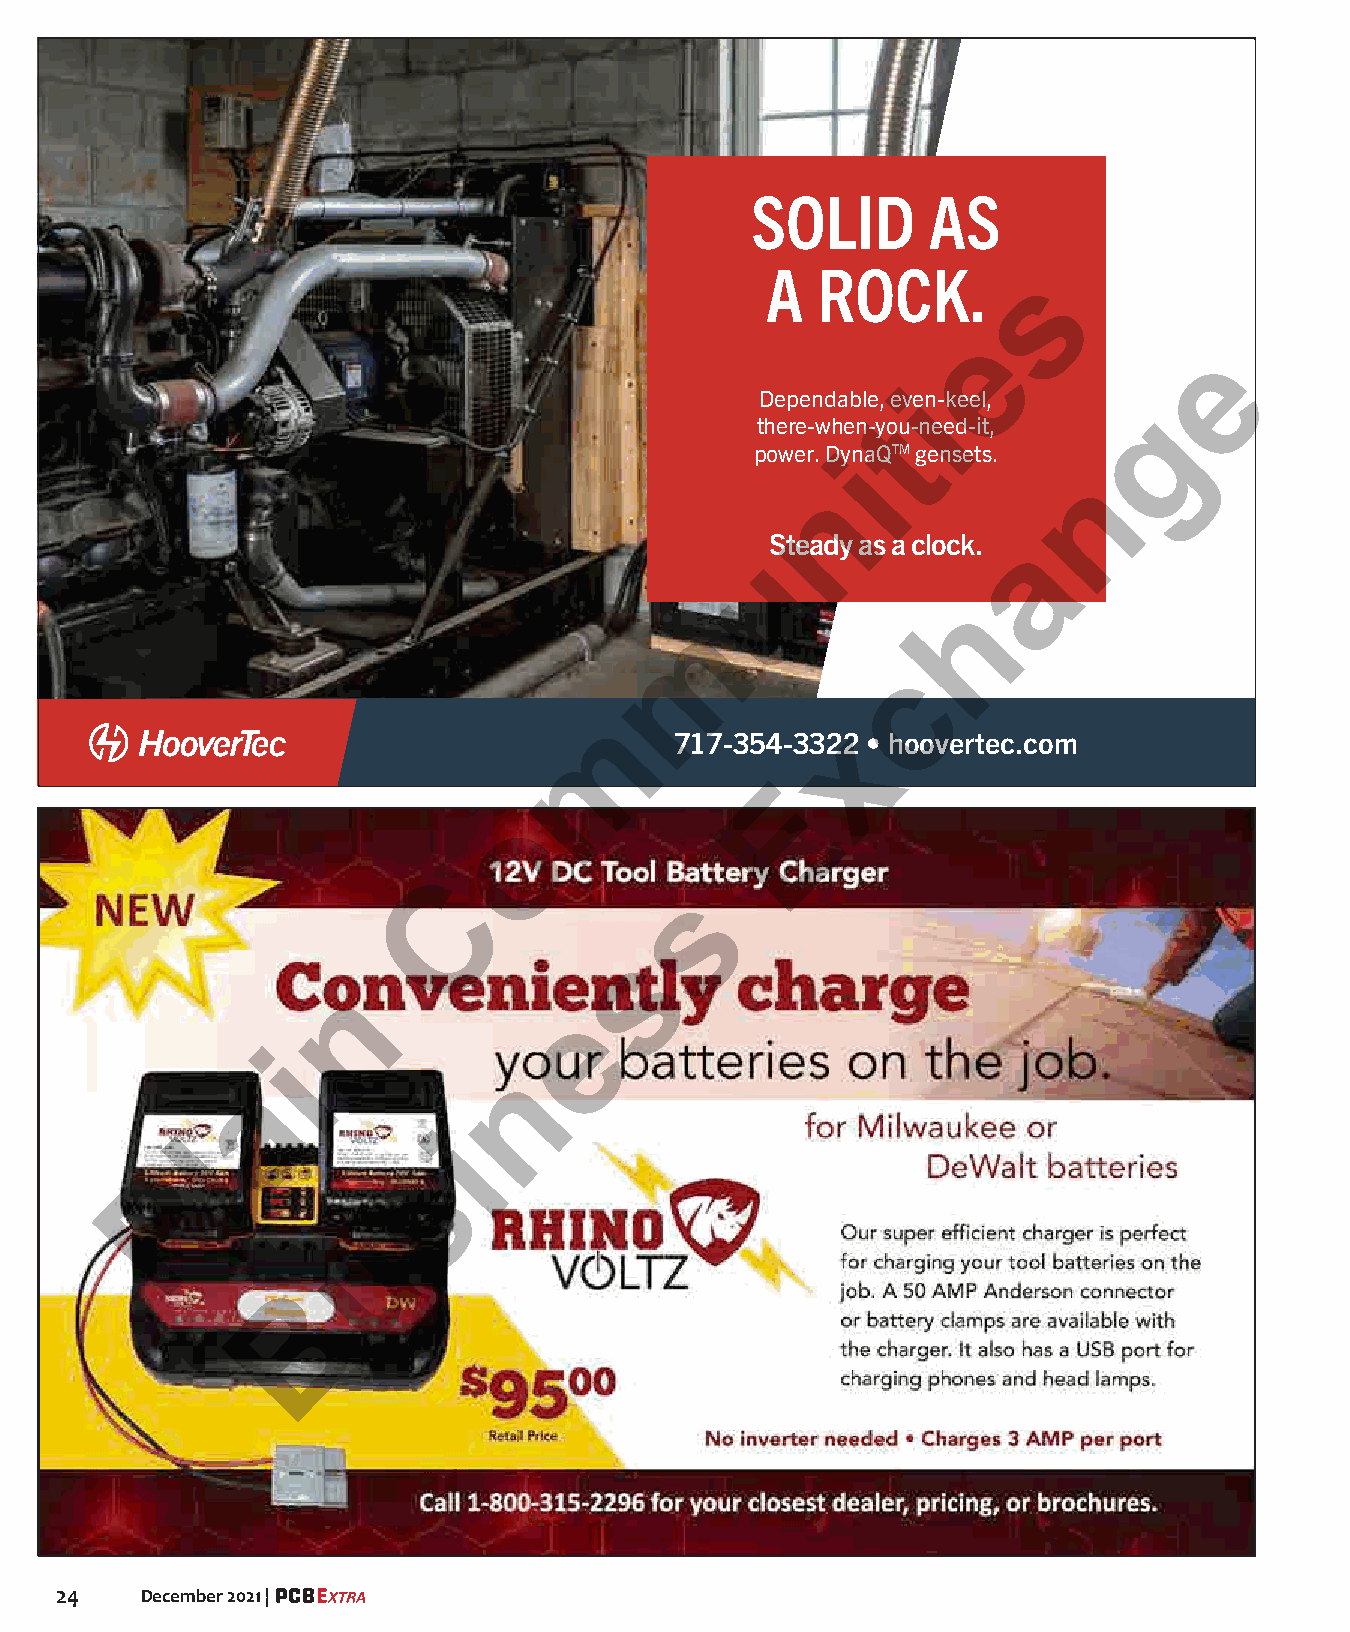
SOLID      AS
 A  ROCK.         s
 e
 e
 Dependable, evein-keel,
 g
 there-when-ytou-need-it,
 power. DynaQTM gensets.
 i
 n
 n
 Steady as a clock. a
 u
 h
 m
 c
 m
 x
 717-354-3322 • hoovertec.com
 E
 o
 C
 s
 s
 n
 e
 i
 n
 a
 i
 l
 s
 P
 u
 B
 24   December 2021 |